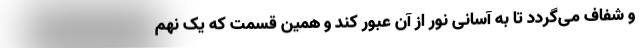
و شفاف می‌گردد تا به آسانی نور از آن عبور کند و همین قسمت که یک نهم